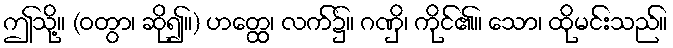
ဤသို့။ (ဝတွာ၊ ဆို၍။) ဟတ္ထေ၊ လက်၌။ ဂဏှိ၊ ကိုင်၏။ သော၊ ထိုမင်းသည်။